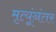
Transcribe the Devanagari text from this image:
मृत्यूंनंतर